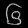
Digit: ၆